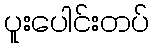
ပူးပေါင်းတပ်